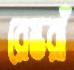
রেস্তরাঁ